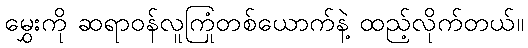
မွှေးကို ဆရာဝန်လူကြုံတစ်ယောက်နဲ့ ထည့်လိုက်တယ်။